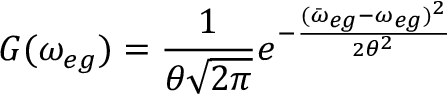
G ( \omega _ { e g } ) = \frac { 1 } { \theta \sqrt { 2 \pi } } e ^ { - \frac { ( \bar { \omega } _ { e g } - \omega _ { e g } ) ^ { 2 } } { 2 \theta ^ { 2 } } }